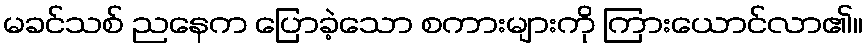
မခင်သစ် ညနေက ပြောခဲ့သော စကားများကို ကြားယောင်လာ၏။